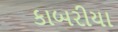
કાબરીયા